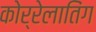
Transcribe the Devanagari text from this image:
कोर्रेलातिंग